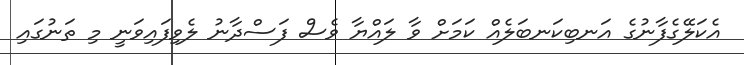
އެކަލޭގެފާނުގެ އަނބިކަނބަލެއް ކަމަށް ވާ ލައްޔާ ވެސް ފަސްދާނު ލެވިފައިވަނީ މި ތަނުގައި